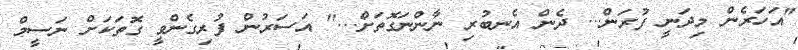
"އަހަރެން މިދަނީ ފުރަން... ދެން އެނބުރި ނާންނަގޮތަށް..." އަސަރުން ފުރިގެންވީ ގޮތަކަށް ނަސީމް